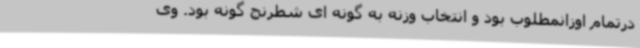
درتمام اوزانمطلوب بود و انتخاب وزنه به گونه ای شطرنج گونه بود. وی